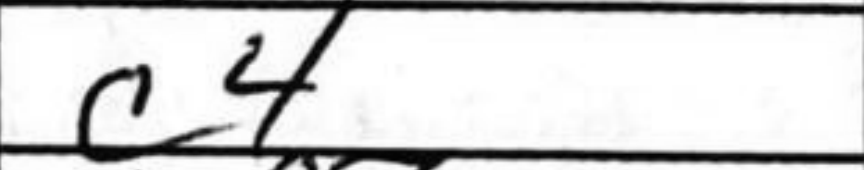
Transcription: c4